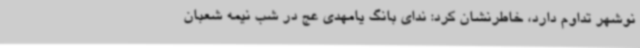
نوشهر تداوم دارد، خاطرنشان کرد: ندای بانگ یامهدی عج در شب نیمه شعبان